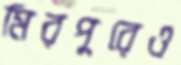
মিরপুরেও